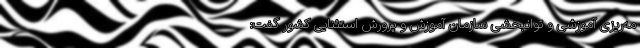
مه‌ریزی آموزشی و توانبخشی سازمان آموزش و پرورش استثنایی کشور گفت: